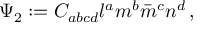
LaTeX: \Psi _ { 2 } : = C _ { a b c d } l ^ { a } m ^ { b } { \bar { m } } ^ { c } n ^ { d } \, ,